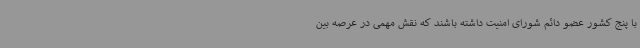
با پنج کشور عضو دائم شورای امنیت داشته باشند که نقش مهمی در عرصه بین